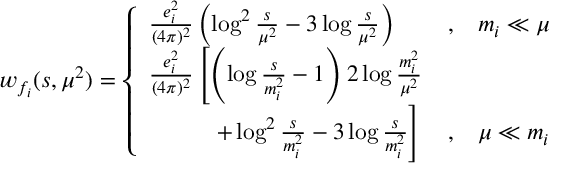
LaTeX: w _ { f _ { i } } ( s , \mu ^ { 2 } ) = \left\{ \begin{array} { l c } { { \frac { e _ { i } ^ { 2 } } { ( 4 \pi ) ^ { 2 } } \left( \log ^ { 2 } \frac { s } { \mu ^ { 2 } } - 3 \log \frac { s } { \mu ^ { 2 } } \right) } } & { { , \; \; \; m _ { i } \ll \mu } } \\ { { \frac { e _ { i } ^ { 2 } } { ( 4 \pi ) ^ { 2 } } \left[ \left( \log \frac { s } { m _ { i } ^ { 2 } } - 1 \right) 2 \log \frac { m _ { i } ^ { 2 } } { \mu ^ { 2 } } \right. } } \\ { { \left. \; \; \; \; \; \; \; \; \; \; + \log ^ { 2 } \frac { s } { m _ { i } ^ { 2 } } - 3 \log \frac { s } { m _ { i } ^ { 2 } } \right] } } & { { , \; \; \; \mu \ll m _ { i } } } \end{array} \right.